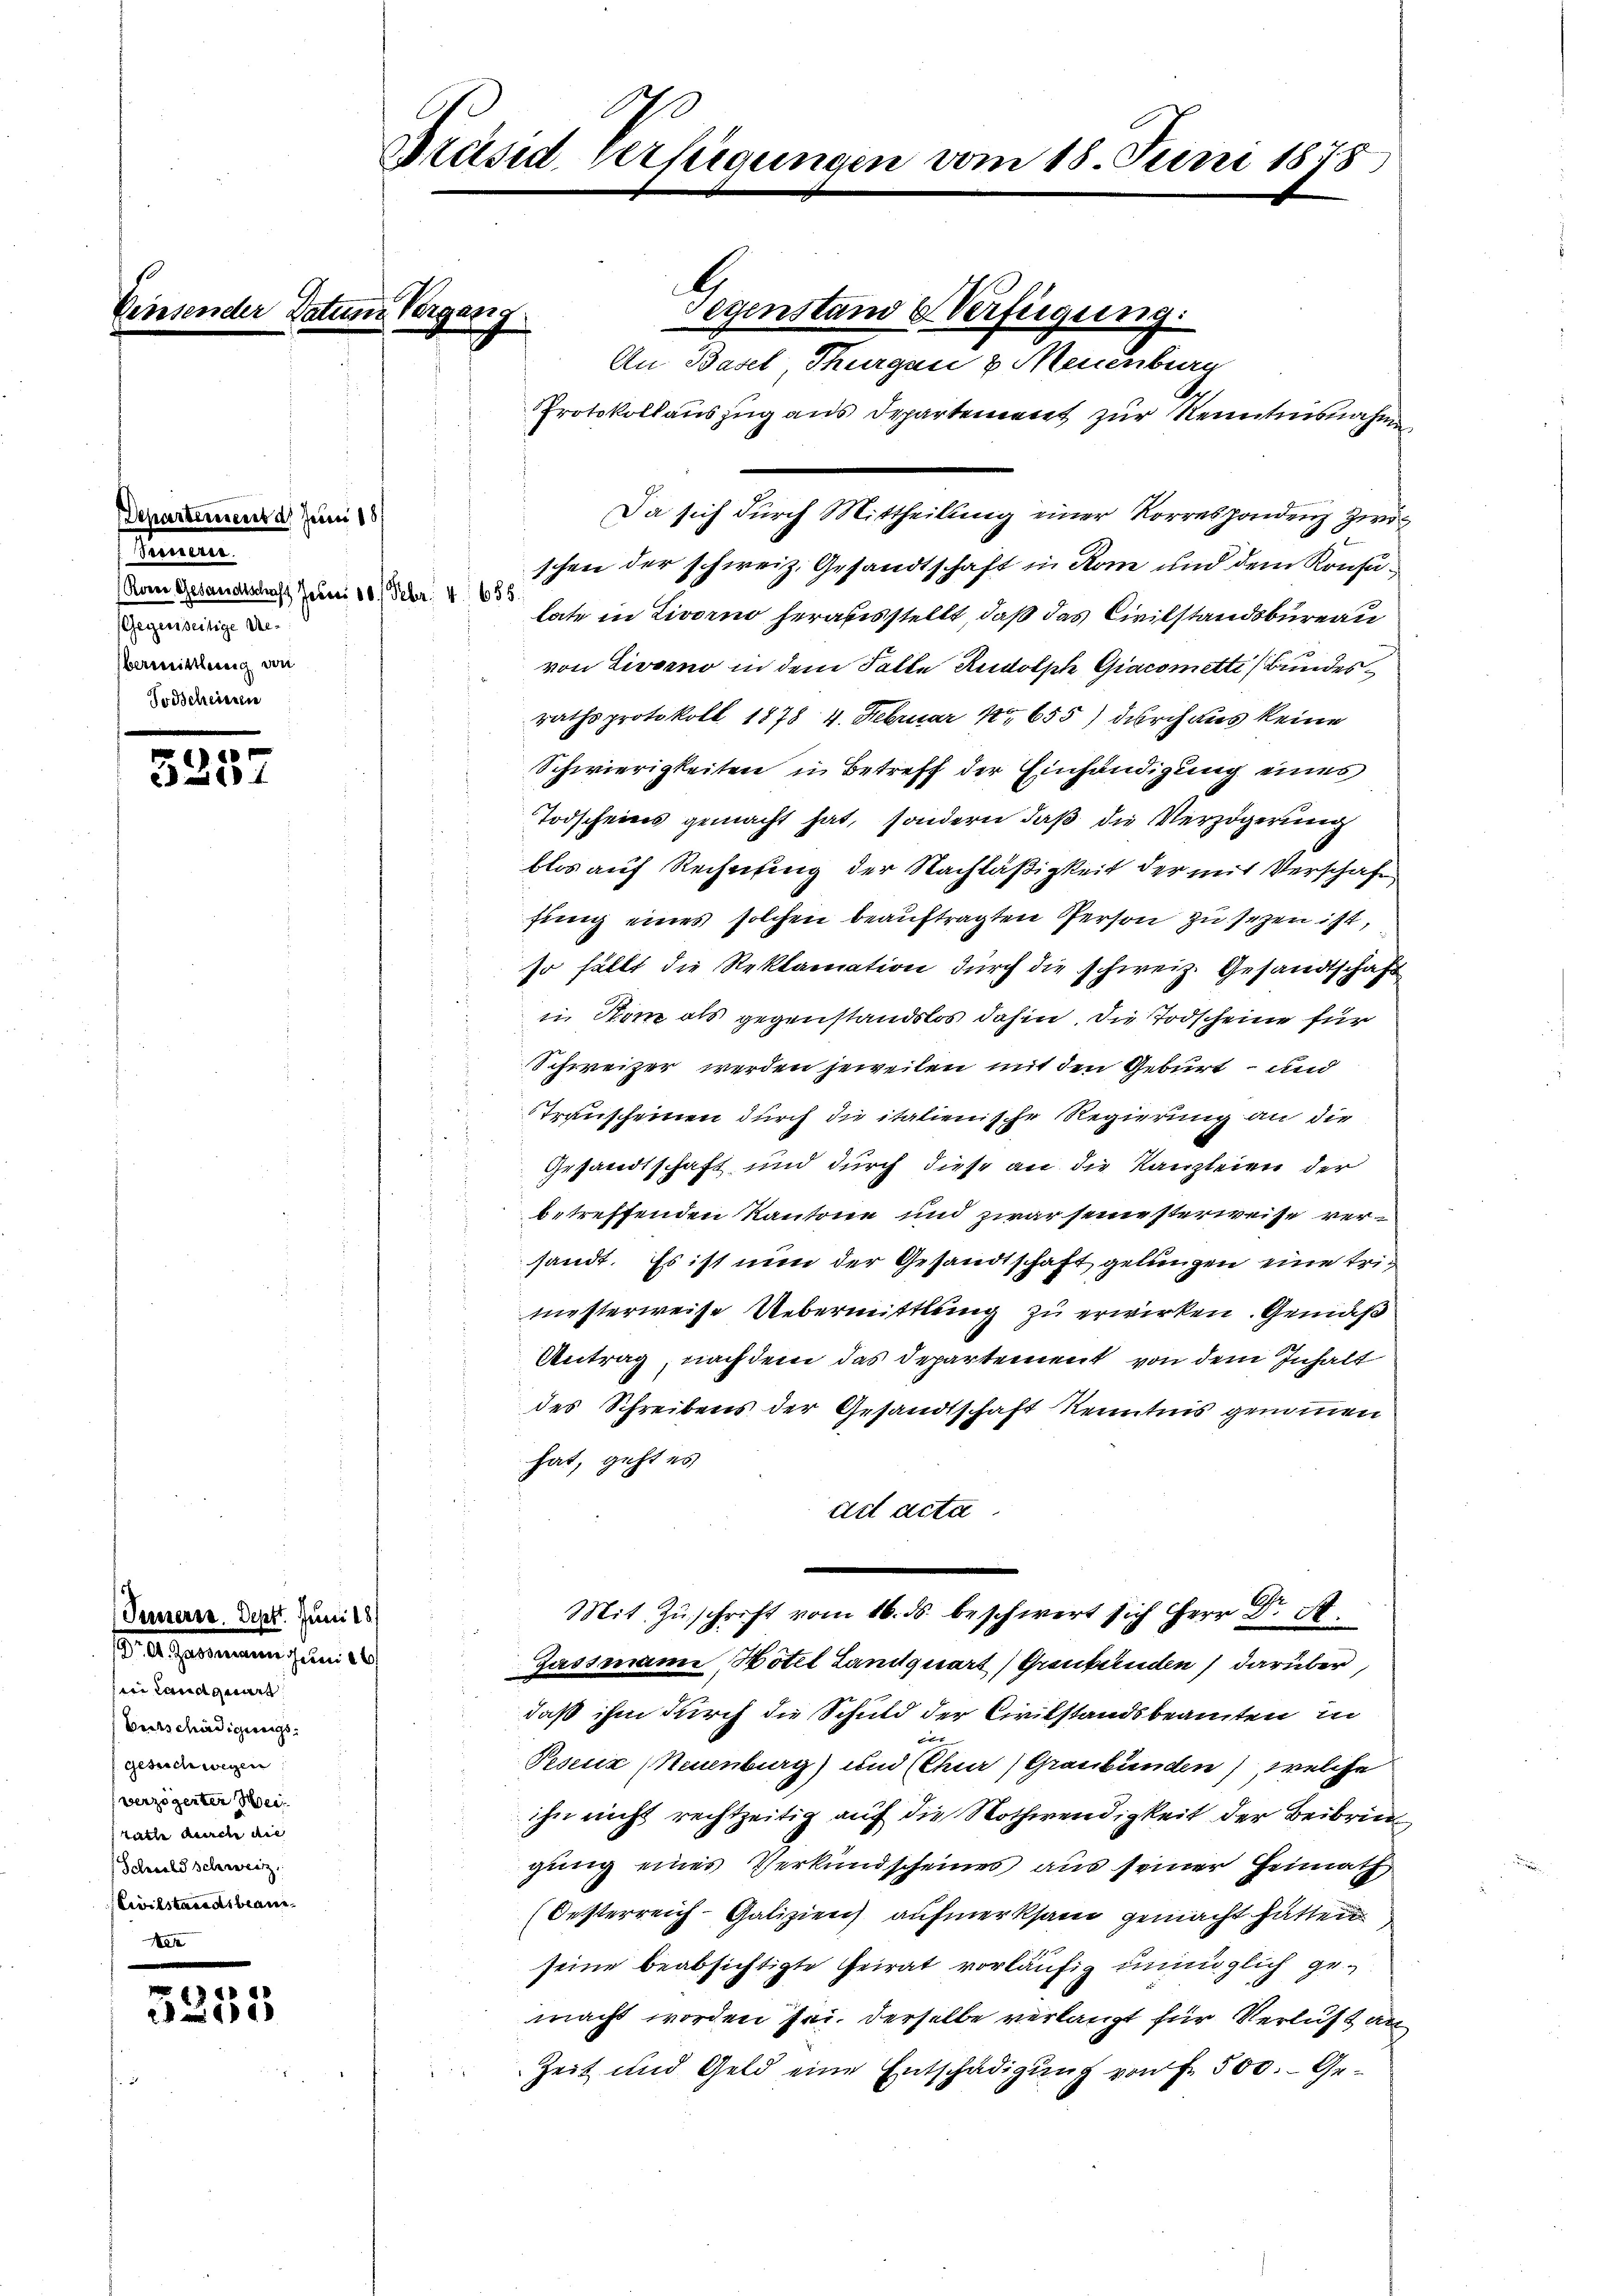
kent

Departerient d. Juni 18
Sommen
(Rover Gesandtschaft Jahres 10. Feber. 4. 1655
Gegenseitige Debermittlung von
Todscheinen

5352

Innerer. Sept. Juni 187
. A. Gegenauen Juni 18
n Landwirt
Bertschädigereig
Gesuch wegen
verzögerter Weis
täthe durch die
Schneebe schweiz.
Civilstandesbrauen

3353

Müsid, vertigungen vom 18. Juni 1878

Datum Vergang

Protokollauszug aus Departement zur Renntnisnahm
Da sich durch Mittheilung einer Korrespondenz Zwic
schen der schweiz. Gesandtschaft in Rom und dem Konsulate in Livorno herabsstellt, daß das Civilstandsbüreau
von Livorno in dem Falle Rudolph Giacomette (Bundesrathsprotokoll 1878 4. Februar No 655) durch aus keine
Schwierigkeiten in Betreff der Einhändigung eines
Todscheins gemacht hat, sondern daß die Verzögerung
blos auf Rechnung der Nachläßigkeit der mit Verschaft
fung eines solchen beauftragten Person zu sezen ist,
so fällt die Reklamation durch die schweiz. Gesandtschaft
in Rom als gegenstandslos dahin. Die Todscheine für
Schweizer werden jeweilen mit den Geburt – und
Transcheinen durch die italienische Regierung an die
.
Gesandtschaft und durch diese an die Kanzleien der
betreffenden Kantone und zwar seine sterweise versandt. Es ist nun der Gesandtschaft gelungen eine trimesterweise Uebermittlung zu erwirken. Gemäß
Antrag, nach dem das Departement von dem Inhalt
des Schreibens der Gesandtschaft Kenntnis genommen
hat, geht es
ad acta
Mit Zŭschrift vom 16. ds. beschwert sich Herr Dr. St.
Gassmann, Hotel Landquart) Graubünden darüber
daß ihm durch die Schuld der Circkstandsbeamten in
t
Pesetz (Neuenburg) und (Chur (Graubünden), welche
ihn nicht rechtzeitig auf die Nothwendigkeit der Beibrin
gung eines Verkundscheines aus seiner Heimath
(Oesterreich-Galizien aufmerksam gemacht hatten
seine beabsichtigte Geirat vorläufig unmöglich gemacht worden sei. Derselbe verlangt für Verlust an
Zeit und Geld eine Entschädigung von Fr. 500. Ge¬

Segenstand Verfügung:

An Basel Thurgau & Neuenburg